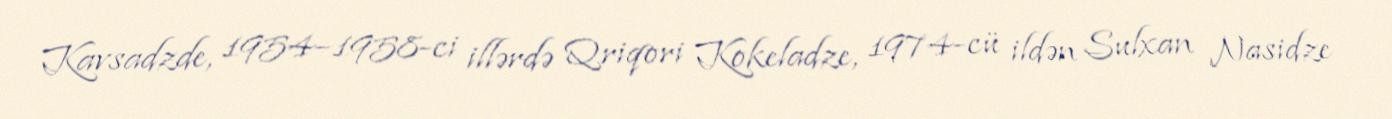
Kavsadzde, 1954–1958-ci illərdə Qriqori Kokeladze, 1974-cü ildən Sulxan Nasidze